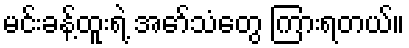
မင်းခန့်ထူးရဲ့ အော်သံတွေ ကြားရတယ်။